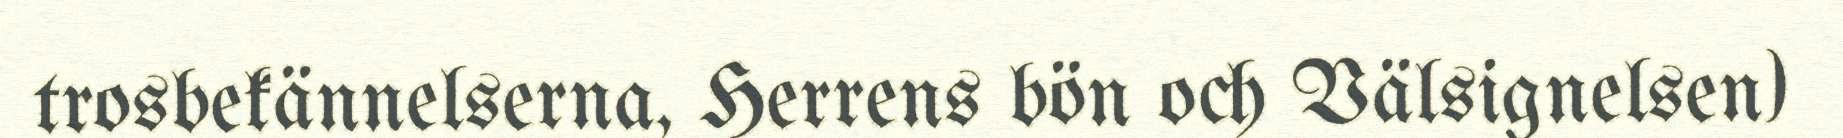
trosbekännelserna, Herrens bön och Välsignelsen)